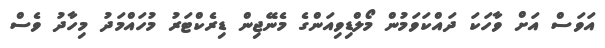
އަވަސް އަށް ވާހަކަ ދައްކަވަމުން މޯލްޑިވިއަންގެ މެނޭޖިން ޑިރެކްޓަރު މުހައްމަދު މިހާދު ވެސް